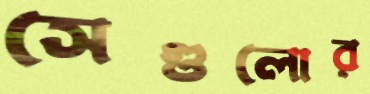
সেগুলোর